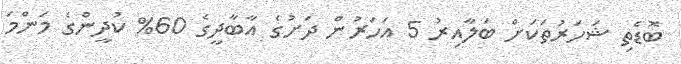
ބޮޑެތި ޝަހަރުތަކަށް ބަލާއިރު 5 އަހަރުން ދަށުގެ އާބާދީގެ 60% ކުދީންގެ މަންމަ